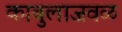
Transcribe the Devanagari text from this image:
काबुलाजवळ